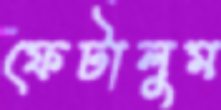
ফেটালুম